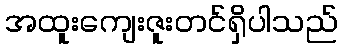
အထူးကျေးဇူးတင်ရှိပါသည်